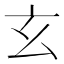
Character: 玄